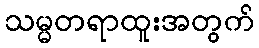
သမ္မတရာထူးအတွက်